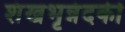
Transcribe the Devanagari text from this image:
शंखभृन्नंदकी